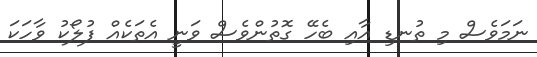
ނަމަވެސް މި ތުނޑި އާއި ބެހޭ ގޮތުންވެސް ވަނީ އެތަކެއް ފުލޯކު ވާހަކަ